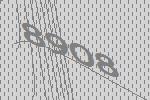
8908